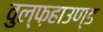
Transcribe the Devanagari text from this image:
वुल्फ़हाउण्ड